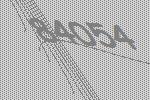
84054